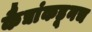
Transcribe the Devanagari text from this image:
कैद्यांकडूनच